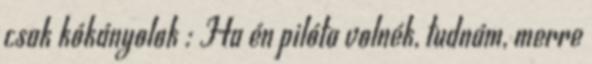
csak kókányolok : Ha én pilóta volnék, tudnám, merre